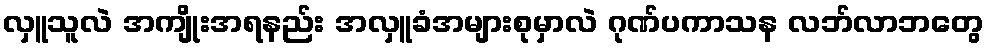
လှူသူလဲ အကျိုးအရနည်း အလှူခံအများစုမှာလဲ ဂုဏ်ပကာသန လဘ်လာဘတွေ